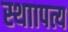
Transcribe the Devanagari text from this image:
स्थाापत्य